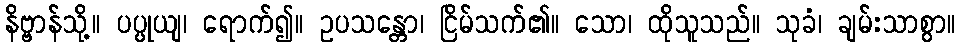
နိဗ္ဗာန်သို့။ ပပ္ပုယျ၊ ရောက်၍။ ဥပသန္တော၊ ငြိမ်သက်၏။ သော၊ ထိုသူသည်။ သုခံ၊ ချမ်းသာစွာ။